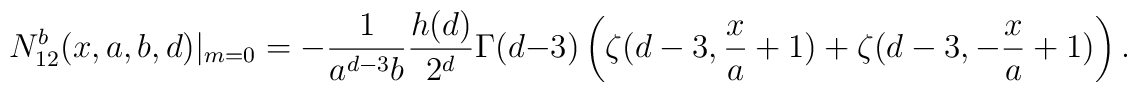
N_{12}^{b}(x,a,b,d)|_{m=0}=-\frac{1}{a^{d-3}b}\frac{h(d)}{2^{d}}\Gamma(d-3)\left(\zeta(d-3,\frac{x}{a}+1)+\zeta(d-3,-\frac{x}{a}+1)\right).